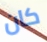
كان